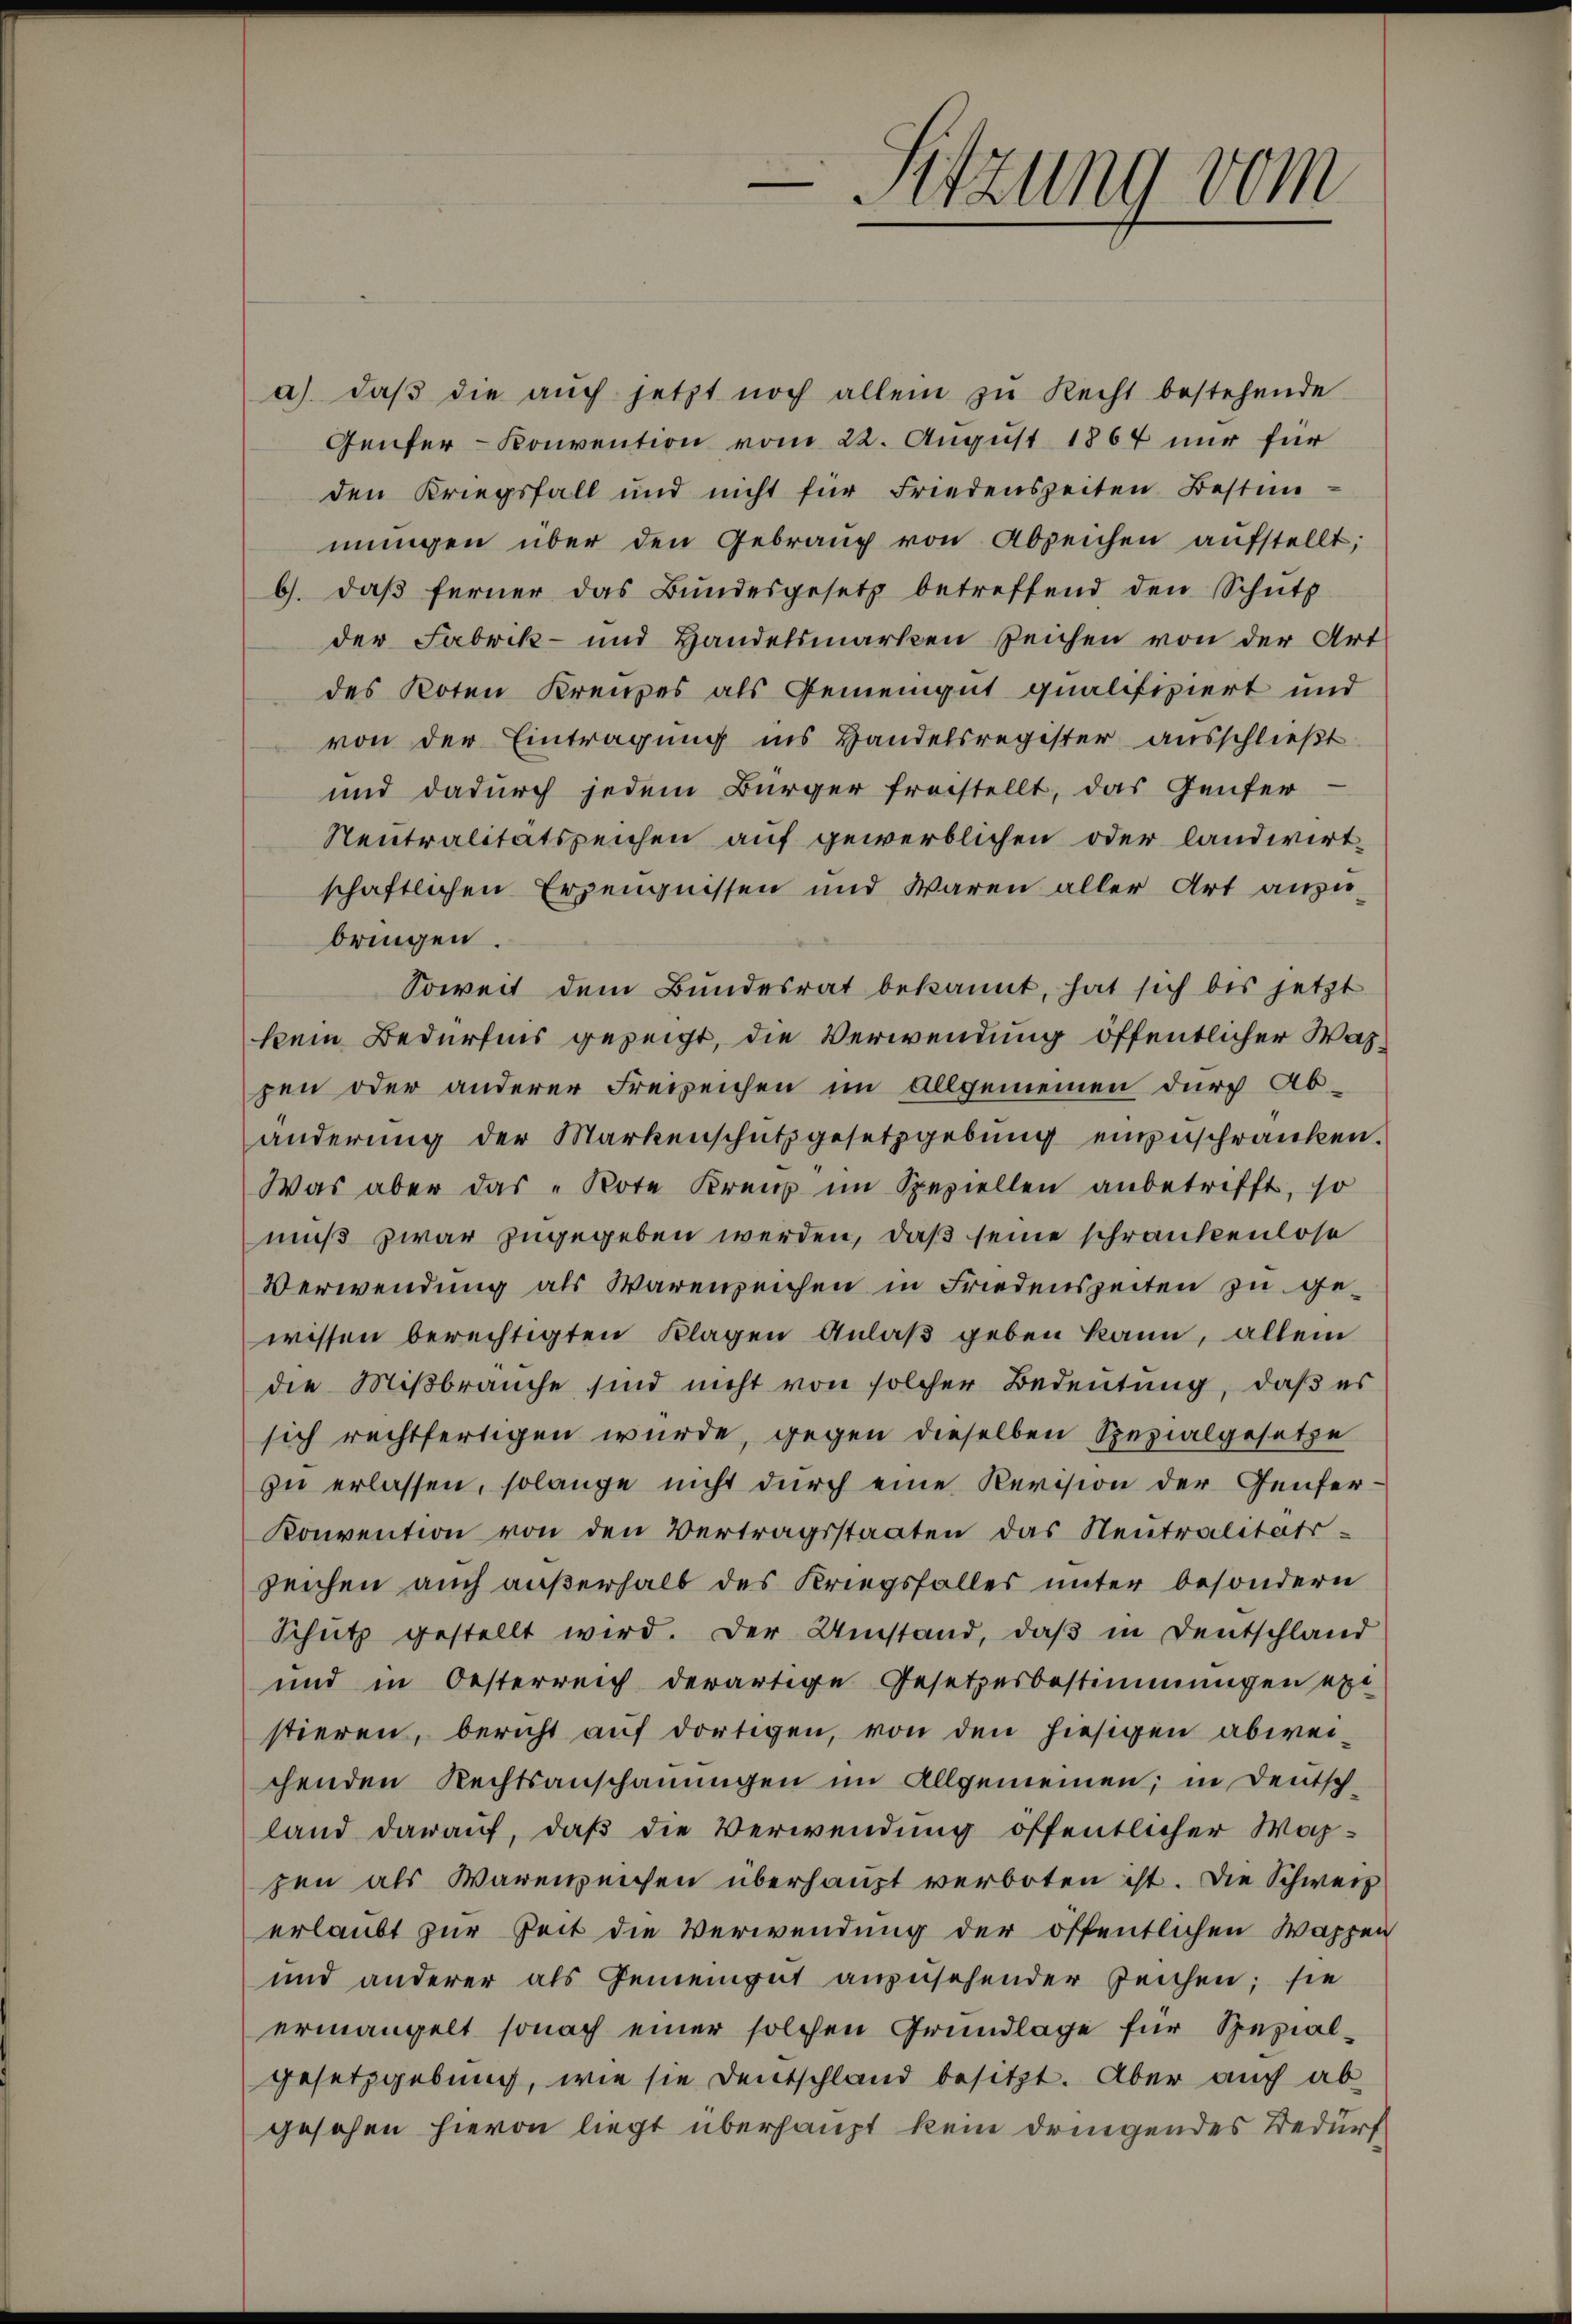
-Sitzung vom

a) daβ die aŭch jetzt noch allein zŭ Recht bestehende
Genfer- Konvention vom 22. August 1867 nur für
den Kriegsfall und nicht für Friedenszeiten Bestim-
mŭngen über den Gebrauch von Abzeichen aufstellt;
b. daβ ferner das Bŭndesgesetz betreffend den Schŭtz
der Fabrik- und Handelsmarken Zeichen von der Art
des Roten Kreuzes als Gemeingut qualifiziert und
von der Eintragung ins Handelsregister ausschließt
und dadurch jedem Bürger freistellt, das Genfer-
Neutralitätszeichen auf gewerblichen oder landwirt-
schaftlichen Erzeugnissen und waren aller Art anzubringen.
Soweit dem Bundesrat bekannt, hat sich bis jetzt
kein Bedürfnis gezeigt, die Verwendung öffentlicher Waspen oder anderer Freizeichen im Allgemeinen durch Abanderŭng der Markenschutzgesetzgebung einzuschränken.
Was aber das „Note Kreuz im Speziellen anbetrifft, so
muß zwar zugegeben werden, daß seine schränkenlose
Verwendung als Warenzeichen in Friedenszeiten zu gewissen berechtigten Klagen Anlaß geben kann, allein
die Mißbrauche sind nicht von solcher Bedeutung, daß es
sich rechtfertigen wurde, gegen dieselben Spezialgesetze
zu erlassen, solange nicht durch eine Revision der Genfer¬
Konvention von den Vertragsstaaten das Neutralitäts-
zeichen auch außerhalb des Kriegsfalles unter besondern
Schŭtz gestellt wird. Der Umstand, daβ in Deutschland
und in Oesterreich derartige Gesetzesbestimmungen ext
stieren, bericht auf dortigen, von den hiesigen abweichenden Rechtsanschauungen im Allgemeinen; in Deutsch-
land darauf, daß die Verwendung öffentlicher Wahzen als Warenzeichen überhaupt verboten ist. Die Schweiz
erlaubt zur Zeit die Verwendung der öffentlichen Wappen
und anderer als Gemeingut anzusehender Zeichen; sie
ermangelt sonach einer solchen Grundlage für Spezialgesetzgebung, wie sie Deutschland besitzt. Aber auch abgesehen hievon liegt überhaupt kein dringendes Bedürf